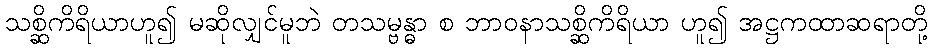
သစ္ဆိကိရိယာဟူ၍ မဆိုလျှင်မူဘဲ တသမ္ဗန္ဓာ စ ဘာဝနာသစ္ဆိကိရိယာ ဟူ၍ အဋ္ဌကထာဆရာတို့